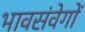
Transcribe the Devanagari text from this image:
भावसंवेगों